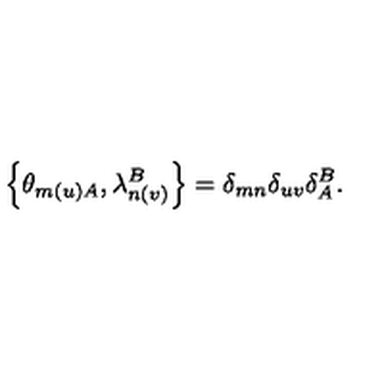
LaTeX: \left\{ \theta _ { m ( u ) A } , \lambda _ { n ( v ) } ^ { B } \right\} = \delta _ { m n } \delta _ { u v } \delta _ { A } ^ { B } .